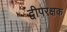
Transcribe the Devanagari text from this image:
द्वीपरक्षक